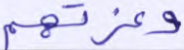
وغرتهم